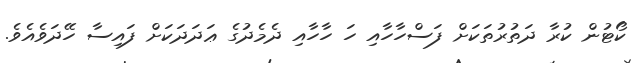
ކޯޓުން ކުރާ ދަތުރުތަކަށް ފަސްހާހާއި ހަ ހާހާއި ދެމެދުގެ ޢަދަދަކަށް ފައިސާ ހޭދަވެއެވެ.